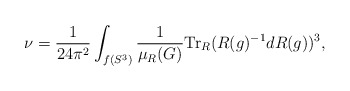
\begin{align*}\nu = \frac{1}{24\pi^2} \int_{f(S^3)} \frac{1}{\mu_R (G)} \mbox{Tr}_R (R(g)^{-1} d R(g))^3,\end{align*}